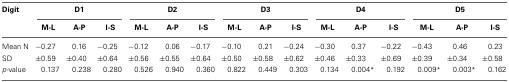
| Digit | <COLSPAN=3> D1 | <COLSPAN=3> D2 | <COLSPAN=3> D3 | <COLSPAN=3> D4 | <COLSPAN=3> D5 |
 |  | M-L | A-P | I-S | M-L | A-P | I-S | M-L | A-P | I-S | M-L | A-P | I-S | M-L | A-P | I-S |
 | --- | --- | --- | --- | --- | --- | --- | --- | --- | --- | --- | --- | --- | --- | --- | --- |
 | Mean N | −0.27 | 0.16 | −0.25 | −0.12 | 0.06 | −0.17 | −0.10 | 0.21 | −0.24 | −0.30 | 0.37 | −0.22 | −0.43 | 0.46 | 0.23 |
 | SD | ±0.59 | ±0.40 | ±0.64 | ±0.56 | ±0.55 | ±0.64 | ±0.50 | ±0.58 | ±0.62 | ±0.46 | ±0.33 | ±0.69 | ±0.39 | ±0.34 | ±0.58 |
 | p−value | 0.137 | 0.238 | 0.280 | 0.526 | 0.940 | 0.360 | 0.822 | 0.449 | 0.303 | 0.134 | 0.004* | 0.192 | 0.009* | 0.003* | 0.162 |